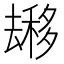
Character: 𱑬